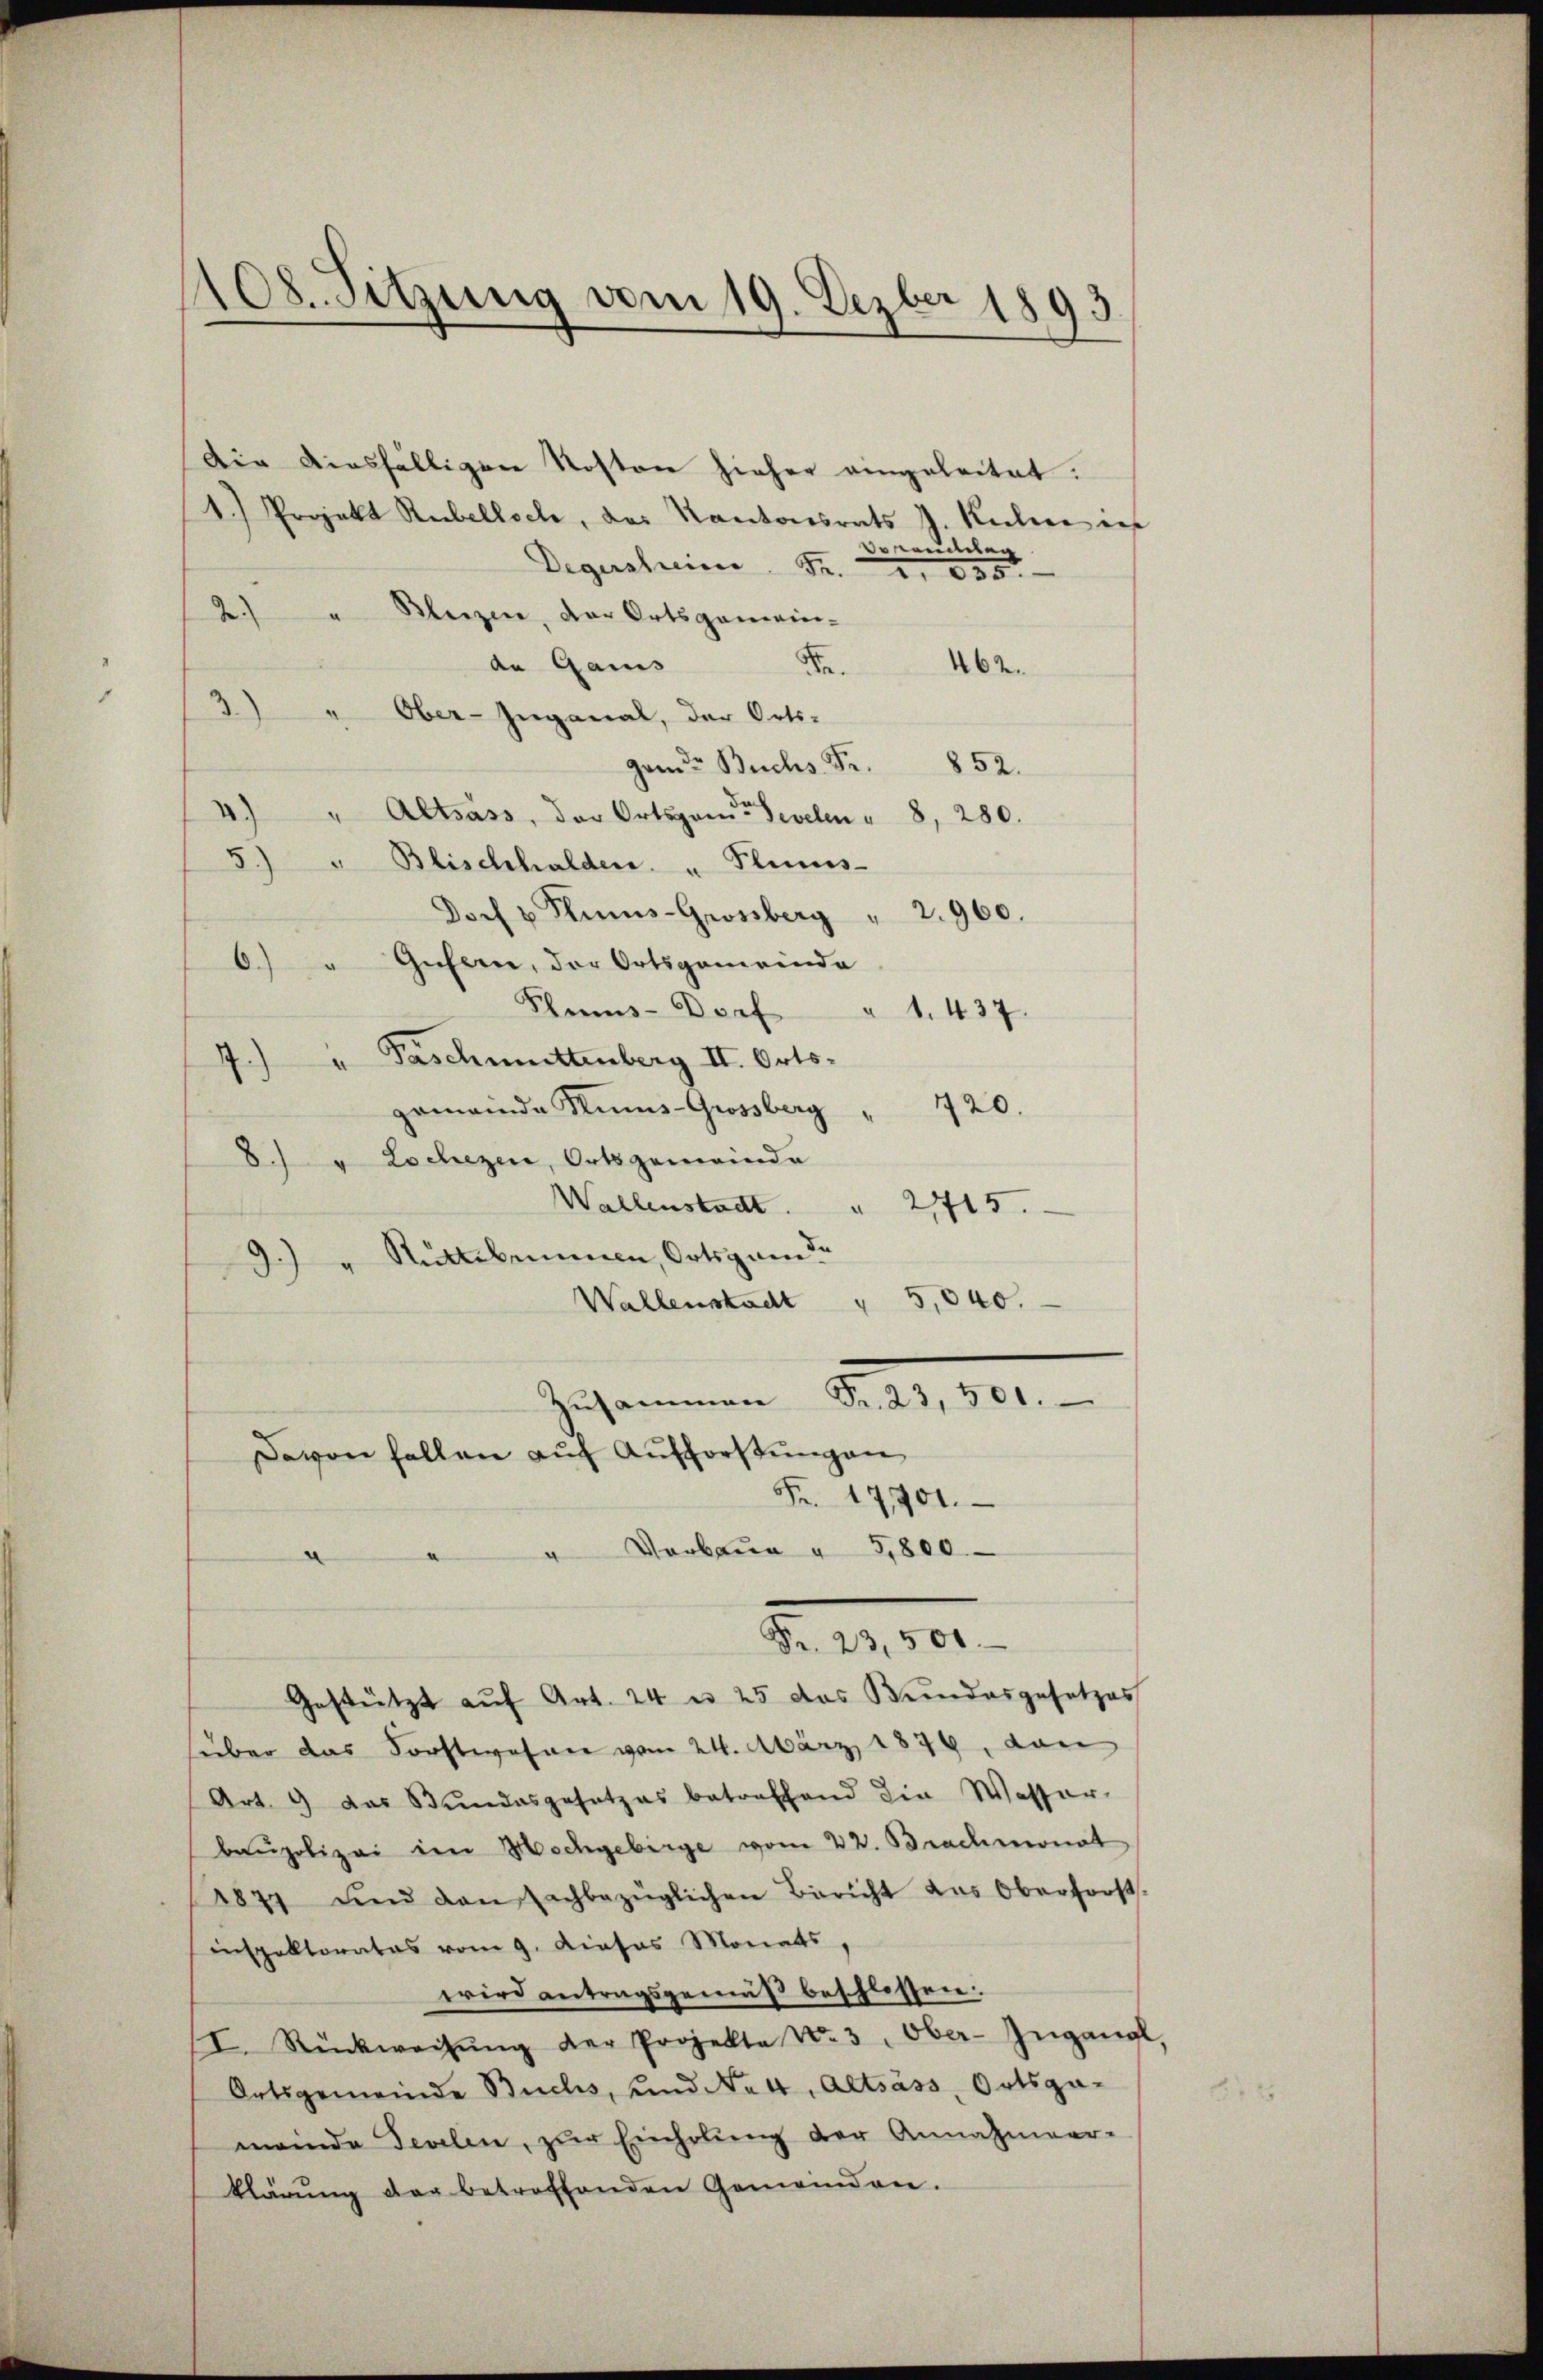
108. Sitzung vom 19. Dezber 1893

Die diesfälligen Kosten hieher eingeleitet.
1.) Projekt Rubellsch, das Kantonsrats J. Kalen ich
Vormulien
Degersheim Fr. 2, 835.
2) " Bleizen, der Ortsgemein-
a.
da Gais
162.
3) " Ober-Inganal, der Orts-
gamte Buchs Fr. 852.
.
Altsass, der Ortsgante Sevelen " 8, 280.
5.) " Blischhalden. " Plums-
Doch u. Plinis-Grossberg " 2960.
0.) " Gusern, der Ortsgemeinde
Ples-Dorf " 1. 437.
" Paschmittenberg II. Orts¬
4
120.
gemeinde Rums-Grossberg
8.) " Lochezen, Ortsgemeinde
Wallenstadt. " 215.
9.) " Rüttibemmen, Ortsgan de
5,040.
Wallenstacht
Zusammen. B,1801.

Davon fallen auf Aufforstungen
Fr. 17901.
Vorbaua " 3,800
.

Gestützt aŭf Art. 24 u. 25 das Bundesgesetzes
süber das Forstwesen vom 24. März 1876, von
Art. 9 das Bundesgesetzes betreffend die Wasser-
baupolizei im Hochgebirge vom 22. Brachmonat
1871 und den sachbezüglichen Bericht des Oberforst-
Einspektorates vom 9. Dieses Monats,
wird antragsgemäß beschlossen:
I. Rückweisŭng der Projekte No. 3. Ober-Ingang,
Ortsgemeinde Buchs, und Ne4, Altsäss, Ortsgameinde Fevelen, zŭr Einholŭng der Annahmeer-
klärŭng der betroffenden Gemeinden.

B 400.